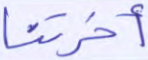
أخرتنا